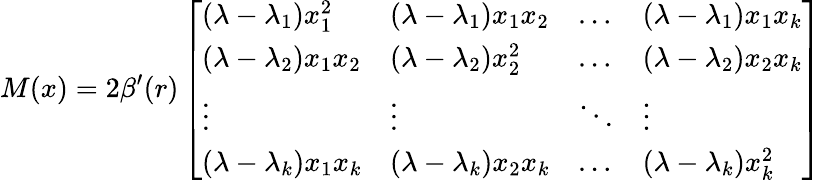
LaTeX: M(x)=2\beta^{\prime}(r)\left[\begin{array}{llll}{(\lambda-\lambda_{1})x_{1}^{2}}&{(\lambda-\lambda_{1})x_{1}x_{2}}&{\dots}&{(\lambda-\lambda_{1})x_{1}x_{k}}\\ {(\lambda-\lambda_{2})x_{1}x_{2}}&{(\lambda-\lambda_{2})x_{2}^{2}}&{\dots}&{(\lambda-\lambda_{2})x_{2}x_{k}}\\ {\vdots}&{\vdots}&{\ddots}&{\vdots}\\ {(\lambda-\lambda_{k})x_{1}x_{k}}&{(\lambda-\lambda_{k})x_{2}x_{k}}&{\dots}&{(\lambda-\lambda_{k})x_{k}^{2}}\end{array}\right]